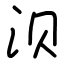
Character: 𬇙